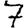
Digit: 7